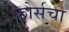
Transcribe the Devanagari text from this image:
फोर्सचा